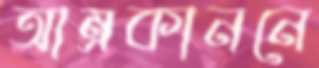
আম্রকাননে